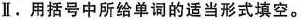
II.用括号中所给单词的适当形式填空.